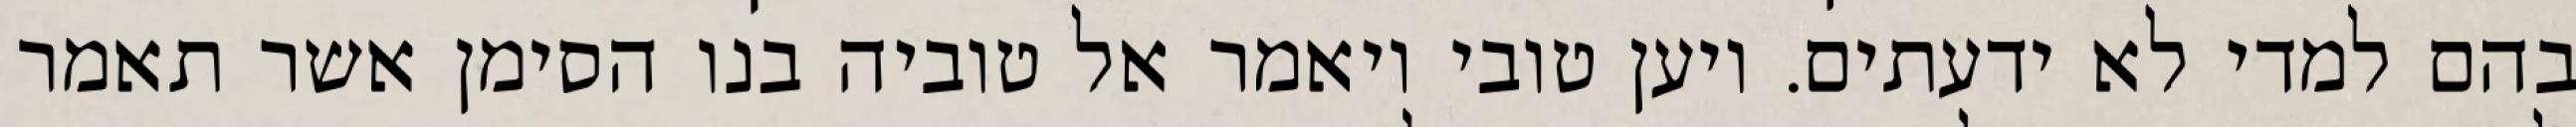
בהם למדי לא ידעתים. ויען טובי ויאמר אל טוביה בנו הסימן אשר תאמר